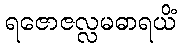
ရဇောဇလ္လမဓာရယိံ